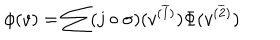
\phi ( v ) = \sum ( j \circ \sigma ) ( v ^ { ( \overline { { 1 } } ) } ) \Phi ( v ^ { ( \overline { { 2 } } ) } )